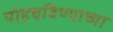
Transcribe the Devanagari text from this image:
पोहचविण्याच्या